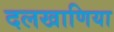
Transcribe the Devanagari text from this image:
दलखाणिया